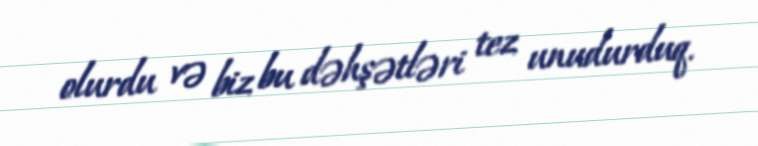
olurdu və biz bu dəhşətləri tez unudurduq.